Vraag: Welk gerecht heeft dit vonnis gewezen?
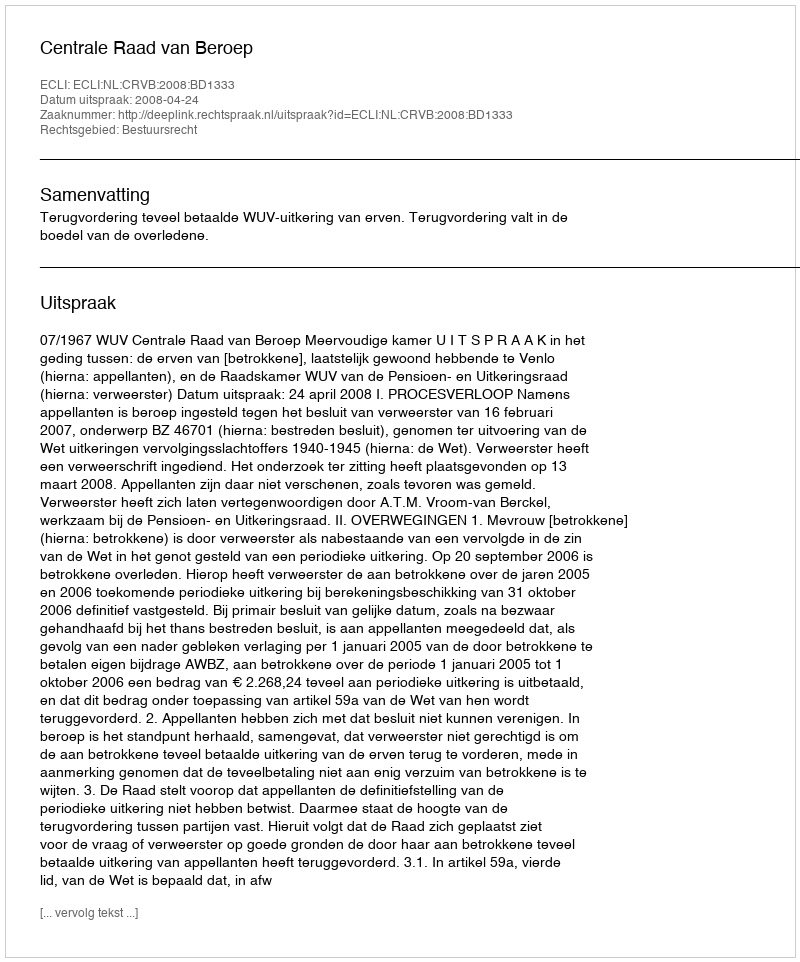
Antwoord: Centrale Raad van Beroep